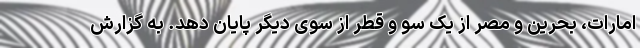
امارات، بحرین و مصر از یک سو و قطر از سوی دیگر پایان دهد. به گزارش